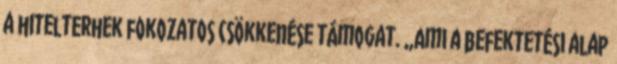
a hitelterhek fokozatos csökkenése támogat. „Ami a befektetési alap